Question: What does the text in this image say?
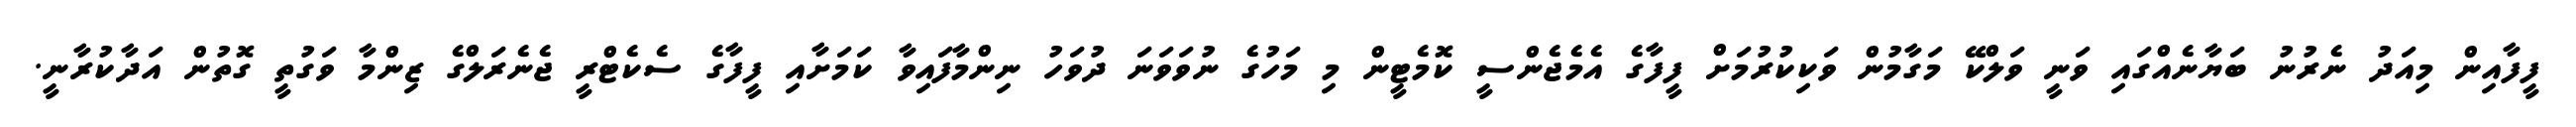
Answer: ފީފާއިން މިއަދު ނެރުނު ބަޔާނެއްގައި ވަނީ ވަލްކޭ މަގާމުން ވަކިކުރުމަށް ފީފާގެ އެމެޖެންސީ ކޮމެޓީން މި މަހުގެ ނުވަވަނަ ދުވަހު ނިންމާފައިވާ ކަމަށާއި ފީފާގެ ސެކެޓްރީ ޖެނެރަލްގެ ޒިންމާ ވަގުތީ ގޮތުން އަދާކުރާނީ.